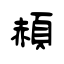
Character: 頳